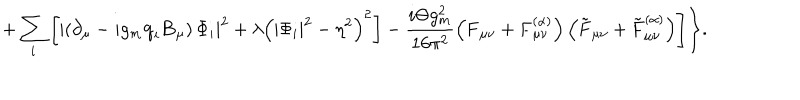
LaTeX: + \sum _ { i } ^ { } \left[ \left| \left( \partial _ { \mu } - i g _ { m } { \bf q } _ { i } { \bf B } _ { \mu } \right) \Phi _ { i } \right| ^ { 2 } + \lambda \left( | \Phi _ { i } | ^ { 2 } - \eta ^ { 2 } \right) ^ { 2 } \right] - \frac { i \Theta g _ { m } ^ { 2 } } { 1 6 \pi ^ { 2 } } \left( { \bf F } _ { \mu \nu } + { \bf F } _ { \mu \nu } ^ { ( \alpha ) } \right) \left( \tilde { \bf F } _ { \mu \nu } + \tilde { \bf F } _ { \mu \nu } ^ { ( \alpha ) } \right) \Biggr ] \Biggr \} .